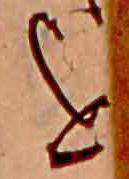
を